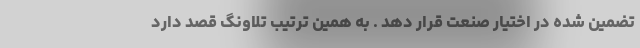
تضمین شده در اختیار صنعت قرار دهد . به همین ترتیب تلاونگ قصد دارد